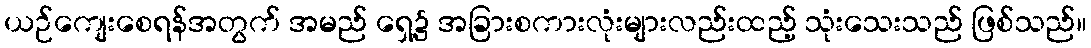
ယဉ်ကျေးစေရန်အတွက် အမည် ရှေ့၌ အခြားစကားလုံးများလည်းထည့် သုံးသေးသည် ဖြစ်သည်။